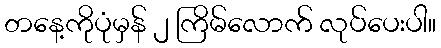
တနေ့ကိုပုံမှန် ၂ ကြိမ်လောက် လုပ်ပေးပါ။